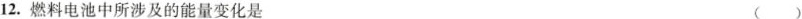
12. 燃料电池中所涉及的能量变化是 ()